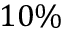
1 0 \%